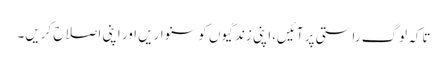
تاکہ لوگ راستی پر آئیں،اپنی زندگیوں کو سنواریں اور اپنی اصلاح کریں۔